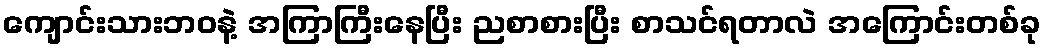
ကျောင်းသားဘဝနဲ့ အကြာကြီးနေပြီး ညစာစားပြီး စာသင်ရတာလဲ အကြောင်းတစ်ခု